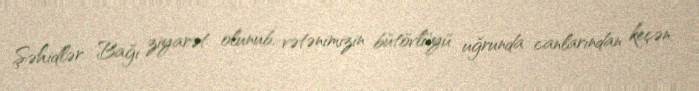
Şəhidlər Bağı ziyarət olunub, vətənimizin bütövlüyü uğrunda canlarından keçən